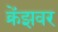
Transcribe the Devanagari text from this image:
क्रेंझवर